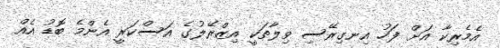
އެމެރިކާ އަށް ފަހު އިނގިރޭސި ވިލާތަކީ އިޒްރޭލުގެ އަސްކަރީ އެންމެ ބޮޑު އެއް